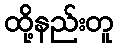
ထို့နည်းတူ